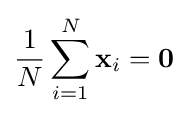
{\frac {1}{N}}\sum _{i=1}^{N}\mathbf {x} _{i}=\mathbf {0}